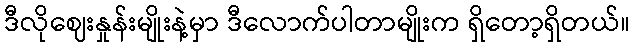
ဒီလိုဈေးနှုန်းမျိုးနဲ့မှာ ဒီလောက်ပါတာမျိုးက ရှိတော့ရှိတယ်။